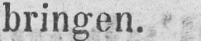
bringen.